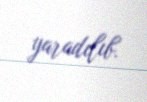
yaradılıb.